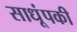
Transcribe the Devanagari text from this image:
साधूंपकी